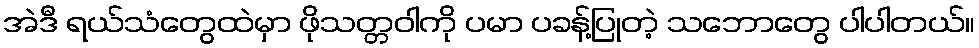
အဲဒီ ရယ်သံတွေထဲမှာ ဖိုသတ္တဝါကို ပမာ ပခန့်ပြုတဲ့ သဘောတွေ ပါပါတယ်။